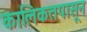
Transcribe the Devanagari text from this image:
कालिकतपासून